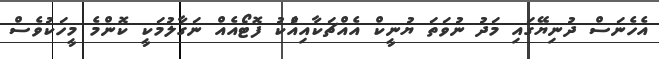
އެހެނަސް ދުނިޔޭގައި މަދު ނުވަތަ ޔުނީކް އެއްޗަކާއިއެުކު ފޮޓޯއެއް ނަގާލުމަކީ ކޮންމެ މީހަކުވެސް